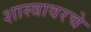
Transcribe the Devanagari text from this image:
शास्त्रावरचे